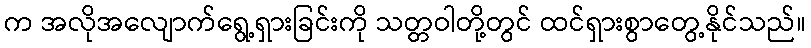
က အလိုအလျောက်ရွေ့ရှားခြင်းကို သတ္တဝါတို့တွင် ထင်ရှားစွာတွေ့နိုင်သည်။